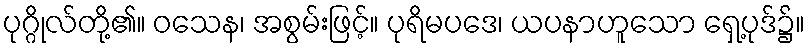
ပုဂ္ဂိုလ်တို့၏။ ဝသေန၊ အစွမ်းဖြင့်။ ပုရိမပဒေ၊ ယပနာဟူသော ရှေ့ပုဒ်၌။